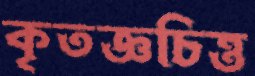
কৃতজ্ঞচিত্ত